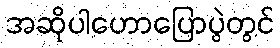
အဆိုပါဟောပြောပွဲတွင်